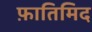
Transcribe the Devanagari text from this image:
फ़ातिमिद